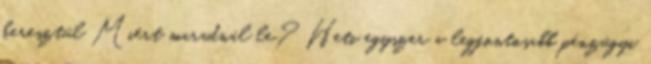
keresztül Miért maradnál le? Heti egyszer a legfontosabb pénzügyi